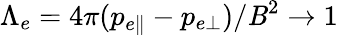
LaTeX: \Lambda_{e}=4\pi(p_{e\parallel}-p_{e\perp})/\mathit{B}^{2}\to1